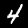
Digit: 4